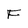
Character: F